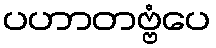
ပဟာတဗ္ဗံပေ